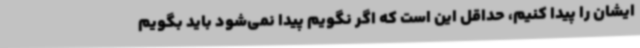
ایشان را پیدا کنیم، حداقل این است که اگر نگویم پیدا نمی‌شود باید بگویم